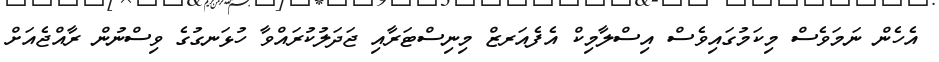
އެހެން ނަމަވެސް މިކަމުގައިވެސް އިސްލާމިކް އެފެއަރޒް މިނިސްޓަރާއި ޖަދަލުކުރައްވާ ހުޅަނގުގެ ވިސްނުން ރާއްޖެއަށް